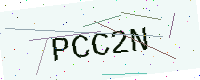
Text: PCC2N